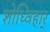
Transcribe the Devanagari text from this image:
शोध्विहार्